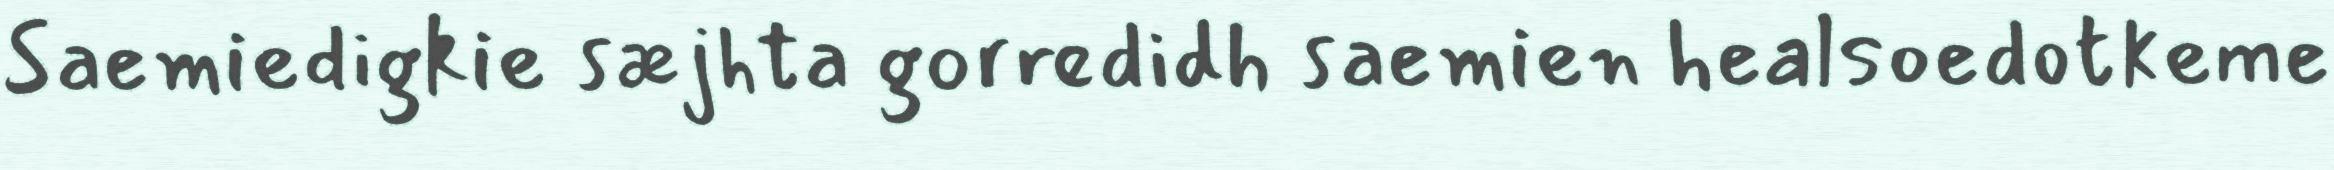
Saemiedigkie sæjhta gorredidh saemien healsoedotkeme